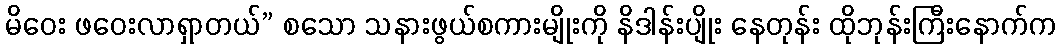
မိဝေး ဖဝေးလာရှာတယ်” စသော သနားဖွယ်စကားမျိုးကို နိဒါန်းပျိုး နေတုန်း ထိုဘုန်းကြီးနောက်က